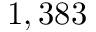
1 , 3 8 3